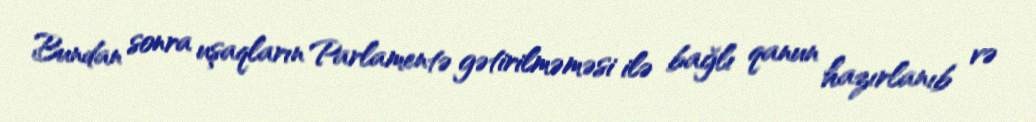
Bundan sonra uşaqların Parlamentə gətirilməməsi ilə bağlı qanun hazırlanıb və